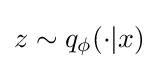
z\sim q_{\phi }(\cdot |x)